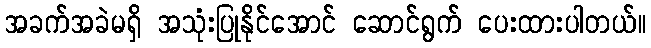
အခက်အခဲမရှိ အသုံးပြုနိုင်အောင် ဆောင်ရွက် ပေးထားပါတယ်။